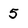
Character: 5